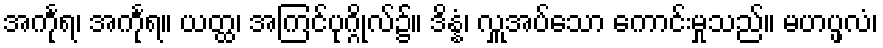
အင်္ကုရ၊ အင်္ကုရ။ ယတ္ထ၊ အကြင်ပုဂ္ဂိုလ်၌။ ဒိန္နံ၊ လှူအပ်သော ကောင်းမှုသည်။ မဟပ္ဖလံ၊